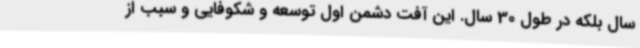
سال بلکه در طول 30 سال. این آفت دشمن اول توسعه و شکوفایی و سبب از